Lunatic asylums Madras 1877-1891 - 1877-1891
Year: 1877
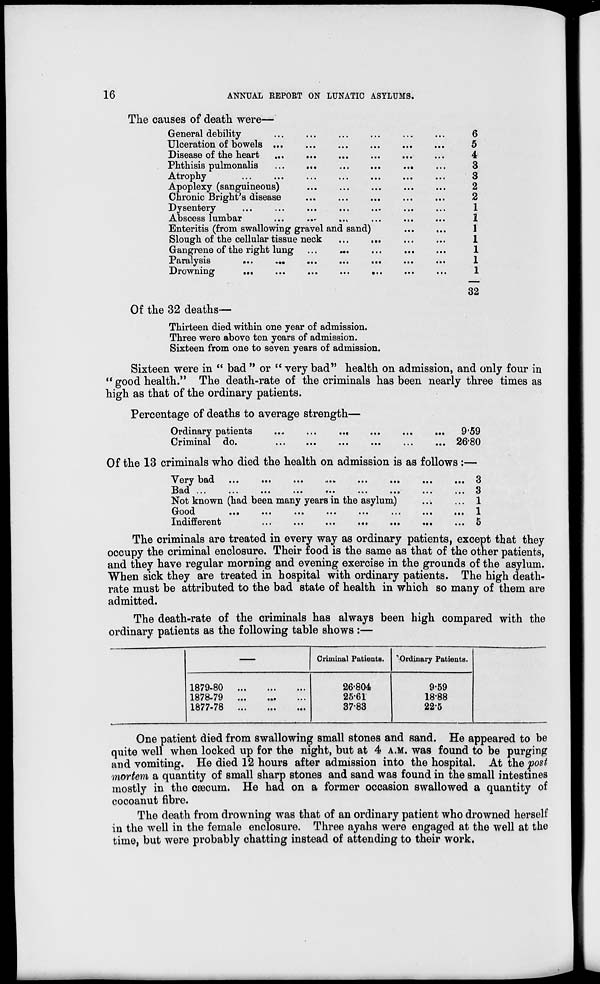
16
ANNUAL REPORT ON LUNATIC ASYLUMS.
The causes of death were—
General debility ... ... ... ... ... ...
Ulceration of bowels ... ... ... ... ... ...
Disease of the heart ... ... ... ... ... ...
Phthisis pulmonalis ... ... ... ... ... ...
Atrophy ... ... ... ... ... ... ...
Apoplexy (sanguineous) ... ... ... ... ...
Chronic Bright's disease ... ... ... ... ...
Dysentery ... ... ... ... ... ... ...
Abscess lumbar ... ... ... ... ... ...
Enteritis (from swallowing gravel and sand)
...
...
Slough of the cellular tissue neck ... ... ... ...
Gangrene of the right lung ... ... ... ... ...
Paralysis ... ... ... ... ... ... ...
Drowning ... ... ... ... ... ... ...
6
5
4
3
3
2
2
1
1
1
1
1
1
1
32
Of the 32 deaths—
Thirteen died within one year of admission.
Three were above ten years of admission.
Sixteen from one to seven years of admission.
Sixteen were in "bad" or "very bad" health on admission, and only four in
"good health." The death-rate of the criminals has been nearly three times as
high as that of the ordinary patients.
Percentage of deaths to average strength—
Ordinary patients ... ... ... ... ... ...
Criminal do. ... ... ... ... ... ...
9.59
26.80
Of the 13 criminals who died the health on admission is as follows :—
very bad ... ... ... ... ... ... ... ...
Bad ... ... ... ... ... ... ... ...
Not known (had been many years in the asylum.) ... ...
Good ... ... ... ... ... ... ... ...
Indifferent ... ... ... ... ... ... ...
3
3
1
1
5
The criminals are treated in every way as ordinary patients, except that they
occupy the criminal enclosure. Their food is the same as that of the other patients,
and they have regular morning and evening exercise in the grounds of the asylum.
When sick they are treated in hospital with ordinary patients. The high death-
rate must be attributed to the bad state of health in which so many of them are
admitted.
The death-rate of the criminals has always been high compared with the
ordinary patients as the following table shows :—
1879-80
1878-79
1877-78
...
... ...
... ... ...
...
...
...
Criminal Patients.
26.804
25.61
37.83
Ordinary Patients.
9.59
18.88
22.5
One patient died from swallowing small stones and sand. He appeared to be
quite well when locked up for the night, but at 4 A.M. was found to be purging
and vomiting. He died 12 hours after admission into the hospital. At the post
mortem a quantity of small sharp stones and sand was found in the small intestines
mostly in the cæcum. He had on a former occasion swallowed a quantity of
cocoanut fibre.
The death from drowning was that of an ordinary patient who drowned herself
in the well in the female enclosure. Three ayahs were engaged at the well at the
time, but were probably chatting instead of attending to their work.